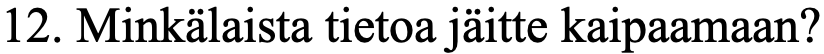
12. Minkälaista tietoa jäitte kaipaamaan?